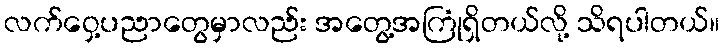
လက်ဝှေ့ပညာတွေမှာလည်း အတွေ့အကြုံရှိတယ်လို့ သိရပါတယ်။